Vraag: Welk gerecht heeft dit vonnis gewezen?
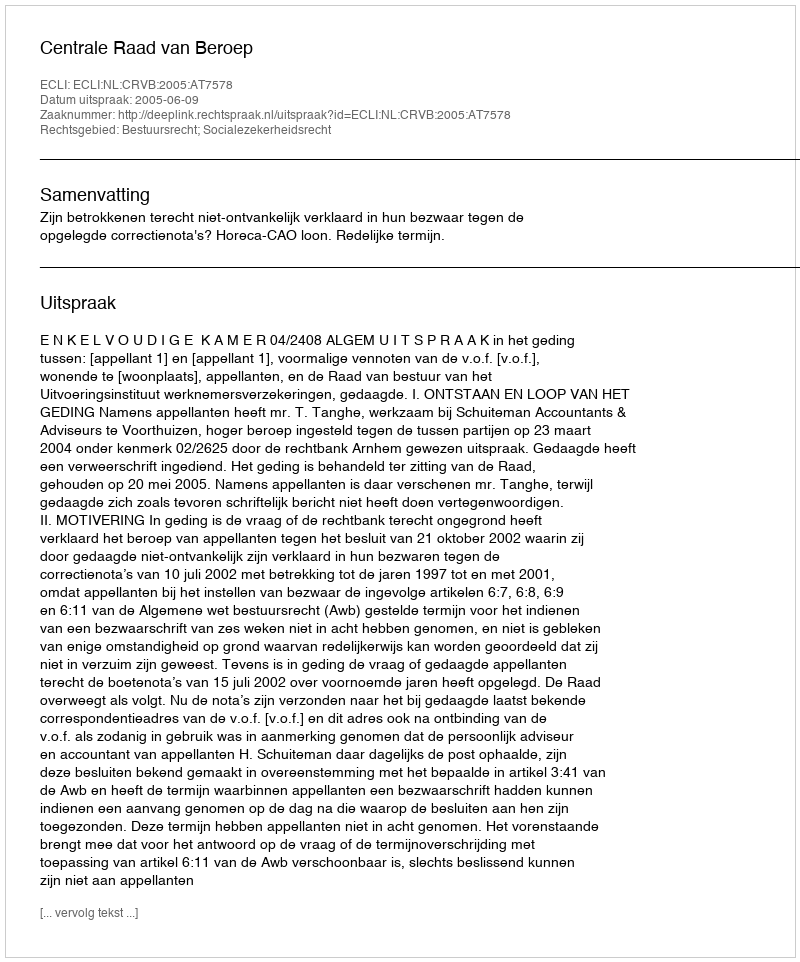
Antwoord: Centrale Raad van Beroep